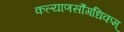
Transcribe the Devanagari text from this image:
कल्याणसौंगधिकम्